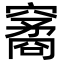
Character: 䆷